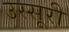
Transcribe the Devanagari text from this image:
उस्सूरी